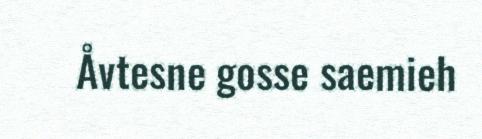
Åvtesne gosse saemieh